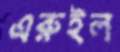
এরুইল